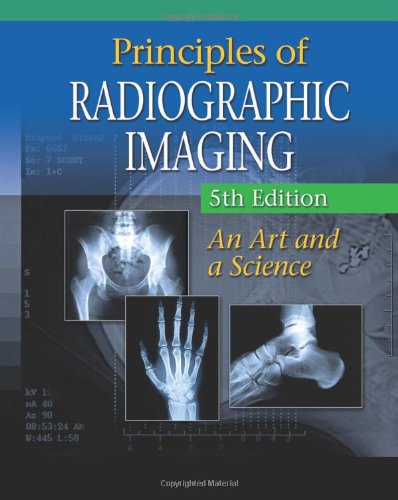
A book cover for Principles of Radiographic Imaging: An Art and A Science (Carlton,Principles of Radiographic Imaging); Richard R. Carlton; Medical Books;